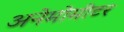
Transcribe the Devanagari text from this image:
अनेमोमीटर